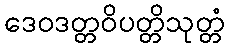
ဒေဝဒတ္တဝိပတ္တိသုတ္တံ